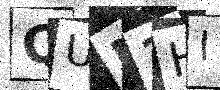
Text: QUN1HI